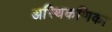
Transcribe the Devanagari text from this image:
अस्थिकणिका